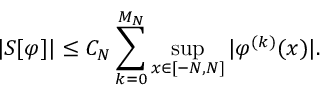
| S [ \varphi ] | \leq C _ { N } \sum _ { k = 0 } ^ { M _ { N } } \operatorname* { s u p } _ { x \in [ - N , N ] } | \varphi ^ { ( k ) } ( x ) | .